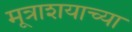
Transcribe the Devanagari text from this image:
मूत्राशयाच्या